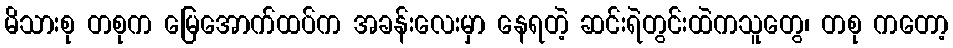
မိသားစု တစုက မြေအောက်ထပ်က အခန်းလေးမှာ နေရတဲ့ ဆင်းရဲတွင်းထဲကသူတွေ၊ တစု ကတော့